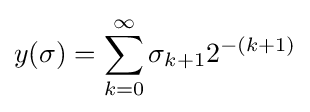
y(\sigma )=\sum _{k=0}^{\infty }\sigma _{k+1}2^{-(k+1)}